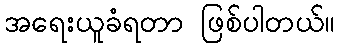
အရေးယူခံရတာ ဖြစ်ပါတယ်။